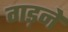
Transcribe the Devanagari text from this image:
गड़ने